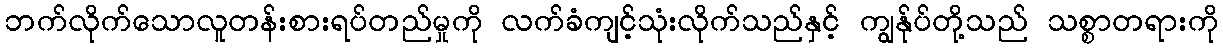
ဘက်လိုက်သောလူတန်းစားရပ်တည်မှုကို လက်ခံကျင့်သုံးလိုက်သည်နှင့် ကျွနု်ပ်တို့သည် သစ္စာတရားကို